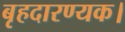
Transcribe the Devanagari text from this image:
बृहदारण्यक।